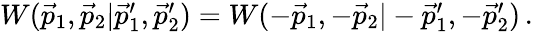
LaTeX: \begin{array}{r}{W(\vec{p}_{1},\vec{p}_{2}|\vec{p}_{1}^{\prime},\vec{p}_{2}^{\prime})=W(-\vec{p}_{1},-\vec{p}_{2}|-\vec{p}_{1}^{\prime},-\vec{p}_{2}^{\prime})\, .}\end{array}